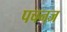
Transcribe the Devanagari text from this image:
पचनज